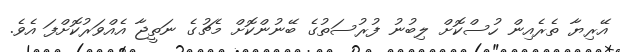
އޭރިޔާ ތެރެއިން ހުސްކޮށް ލިބުނު ފުރުސަތުގެ ބޭނުންކޮށް މެޗުގެ ނަތީޖާ އެއްވަރުކޮށްފަ އެވެ.